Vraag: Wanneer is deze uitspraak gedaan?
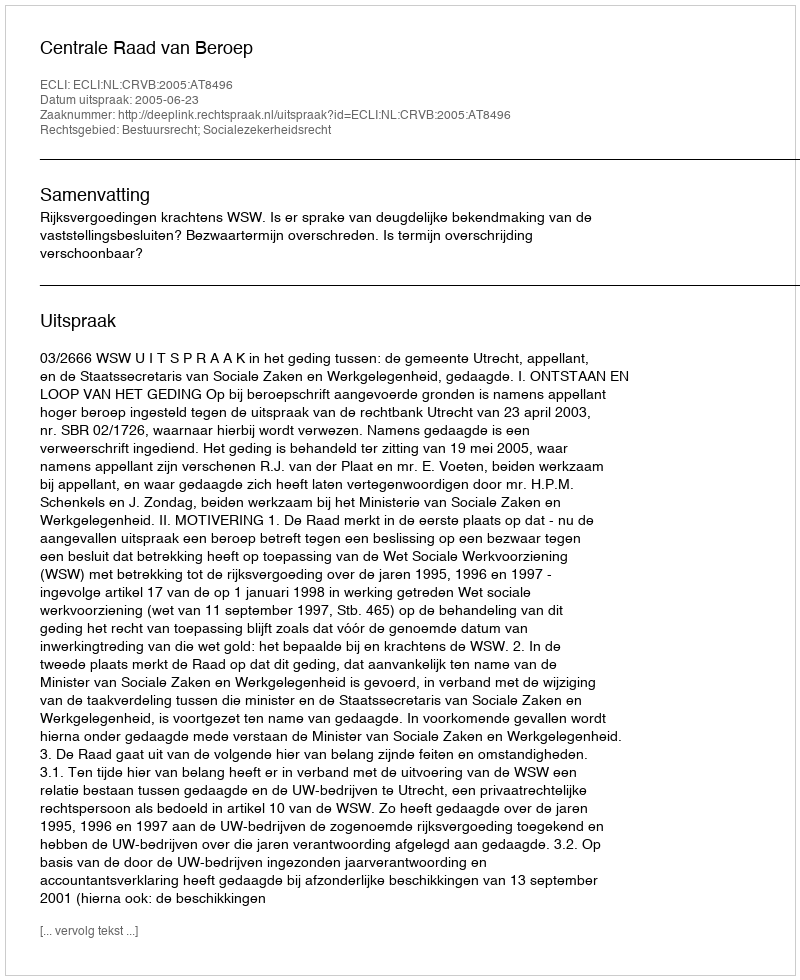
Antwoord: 2005-06-23